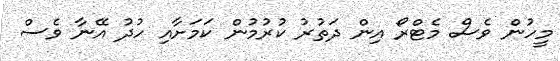
މީހުން ވެސް މެޓްރޯ އިން ދަތުރު ކުރުމުން ކަމަށާއި ހުދު އޭނާ ވެސް